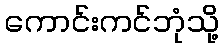
ကောင်းကင်ဘုံသို့